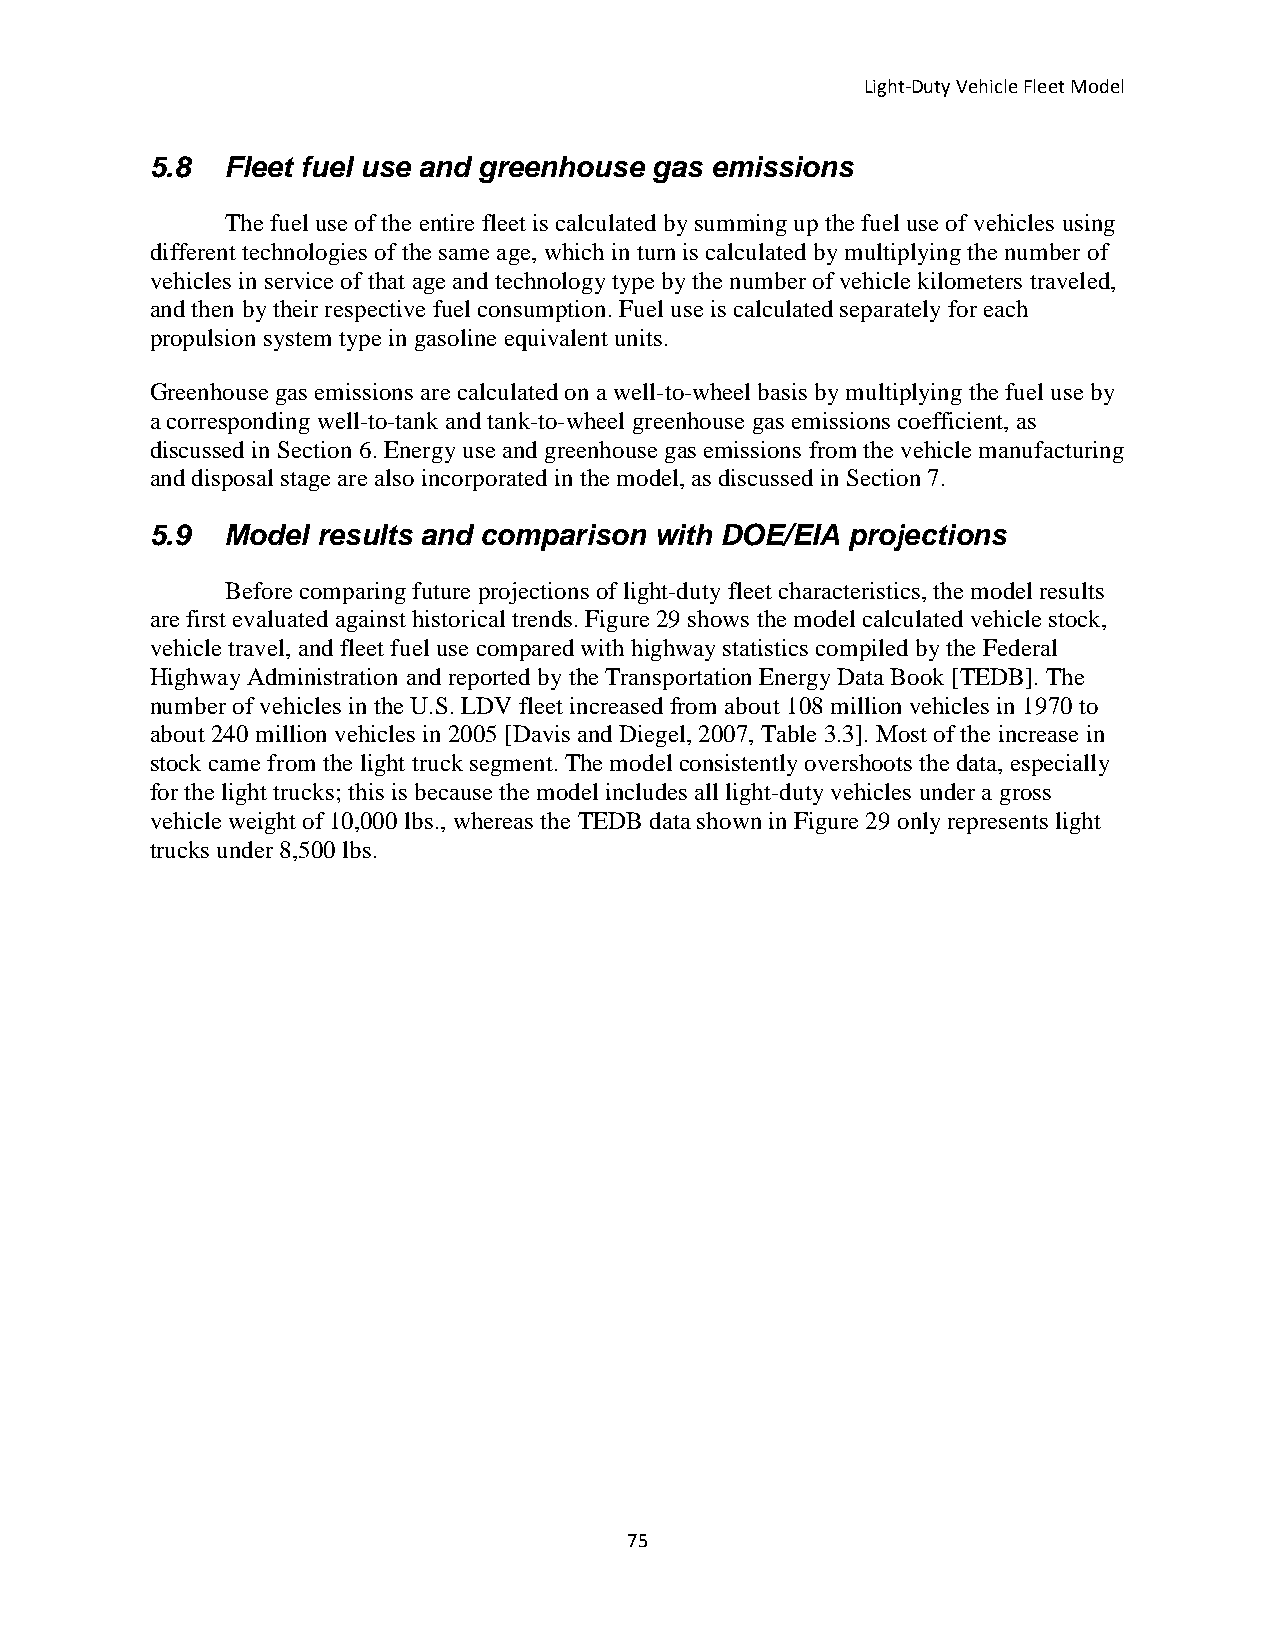
Light-Duty Vehicle Fleet Model
 5.8  Fleet fuel use and greenhouse gas emissions
 The fuel use of the entire fleet is calculated by summing up the fuel use of vehicles using
 different technologies of the same age, which in turn is calculated by multiplying the number of
 vehicles in service of that age and technology type by the number of vehicle kilometers traveled,
 and then by their respective fuel consumption. Fuel use is calculated separately for each
 propulsion system type in gasoline equivalent units.
 Greenhouse gas emissions are calculated on a well-to-wheel basis by multiplying the fuel use by
 a corresponding well-to-tank and tank-to-wheel greenhouse gas emissions coefficient, as
 discussed in Section 6. Energy use and greenhouse gas emissions from the vehicle manufacturing
 and disposal stage are also incorporated in the model, as discussed in Section 7.
 5.9  Model results and comparison with DOE/EIA projections
 Before comparing future projections of light-duty fleet characteristics, the model results
 are first evaluated against historical trends. Figure 29 shows the model calculated vehicle stock,
 vehicle travel, and fleet fuel use compared with highway statistics compiled by the Federal
 Highway Administration and reported by the Transportation Energy Data Book [TEDB]. The
 number of vehicles in the U.S. LDV fleet increased from about 108 million vehicles in 1970 to
 about 240 million vehicles in 2005 [Davis and Diegel, 2007, Table 3.3]. Most of the increase in
 stock came from the light truck segment. The model consistently overshoots the data, especially
 for the light trucks; this is because the model includes all light-duty vehicles under a gross
 vehicle weight of 10,000 lbs., whereas the TEDB data shown in Figure 29 only represents light
 trucks under 8,500 lbs.
 75